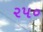
૨પ૦